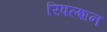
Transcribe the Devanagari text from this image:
रिपल्शन